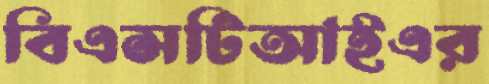
বিএসটিআইএর